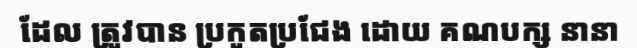
ដែល ត្រូវបាន ប្រកួតប្រជែង ដោយ គណបក្ស នានា